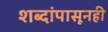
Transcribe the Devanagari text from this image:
शब्दांपासूनही